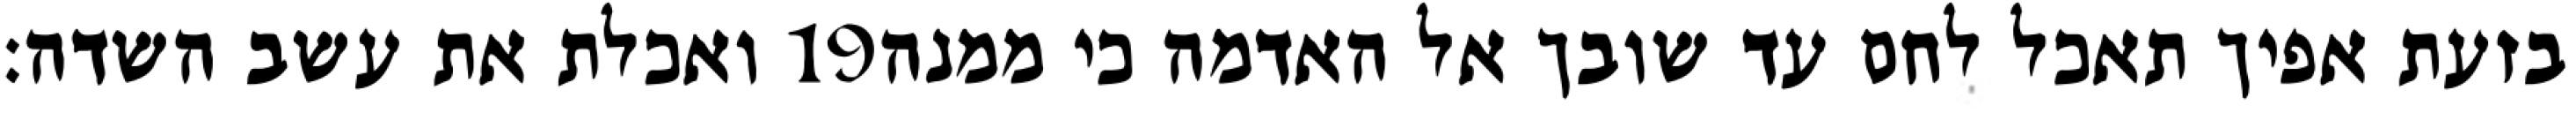
ואכלת את עשב השדה׃ ‎19‏ בזעת אפיך תאכל לחם עד שובך אל האדמה כי ממנה